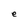
Character: e